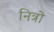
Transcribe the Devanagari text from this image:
नित्रो